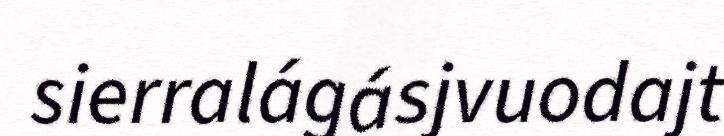
sierralágásjvuodajt